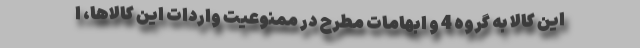
این کالا به گروه 4 و ابهامات مطرح در ممنوعیت واردات این کالاها، ا